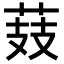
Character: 𦲔